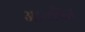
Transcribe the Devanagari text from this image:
आमत्रित